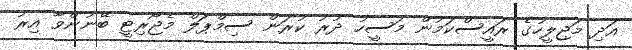
އަދި މަޖިލީހުގެ ރައީސްކަމުން މަސީހު ދުރު ކުރަން ސިމްޕަލް މެޖޯރިޓީ ބޭނުންވާ އިރު